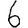
Digit: 6